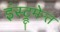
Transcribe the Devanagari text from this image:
इंस्ट्रूमेन्त